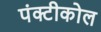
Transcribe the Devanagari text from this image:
पंक्टीकोल